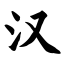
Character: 汉